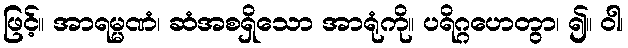
ဖြင့်။ အာရမ္မဏံ၊ ဆံအစရှိသော အာရုံကို။ ပရိဂ္ဂဟေတွာ၊ ၍။ ဝါ၊